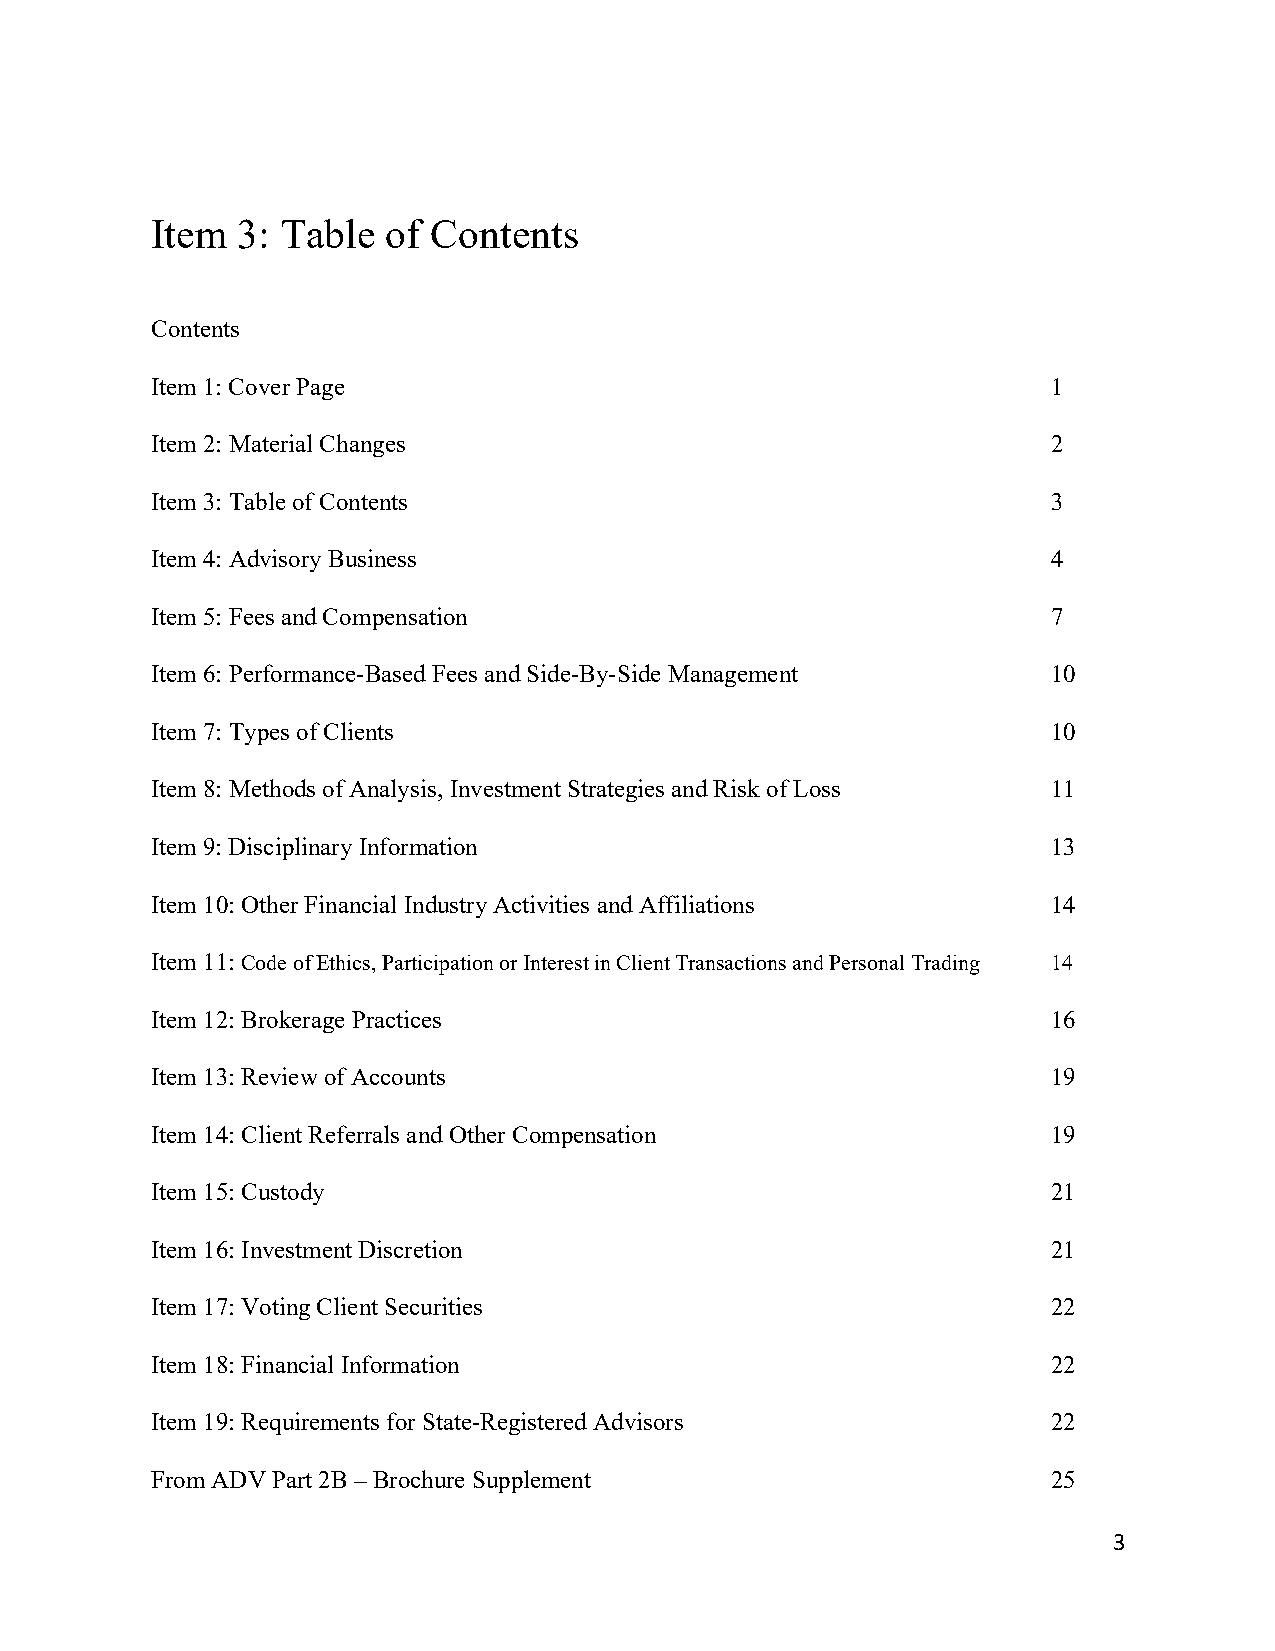
Item  3: Table  of Contents
 Contents
 Item 1: Cover Page                                          1
 Item 2: Material Changes                                    2
 Item 3: Table of Contents                                   3
 Item 4: Advisory Business                                   4
 Item 5: Fees and Compensation                               7
 Item 6: Performance-Based Fees and Side-By-Side Management  10
 Item 7: Types of Clients                                    10
 Item 8: Methods of Analysis, Investment Strategies and Risk of Loss 11
 Item 9: Disciplinary Information                            13
 Item 10: Other Financial Industry Activities and Affiliations 14
 Item 11: Code of Ethics, Participation or Interest in Client Transactions and Personal Trading 14
 Item 12: Brokerage Practices                                16
 Item 13: Review of Accounts                                 19
 Item 14: Client Referrals and Other Compensation            19
 Item 15: Custody                                            21
 Item 16: Investment Discretion                              21
 Item 17: Voting Client Securities                           22
 Item 18: Financial Information                              22
 Item 19: Requirements for State-Registered Advisors         22
 From ADV Part 2B – Brochure Supplement                      25
 3